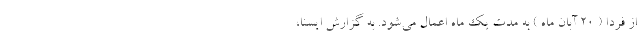
از فردا ( ٢٠ آبان ماه ) به مدت یک ماه اعمال می‌شود. به گزارش ایسنا،